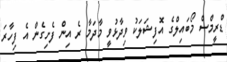
ޑްރީމްސް މޯބައިލްގެ އޮފިޝަލަކު ވިދާޅުވީ މާދަމާ ރެ އިން ފެށިގެން އެ ފިހާރަ